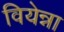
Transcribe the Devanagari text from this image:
वियेन्ना